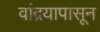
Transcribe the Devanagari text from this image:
वांद्रयापासून